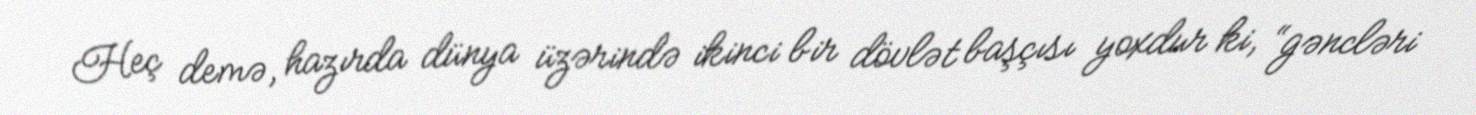
Heç demə, hazırda dünya üzərində ikinci bir dövlət başçısı yoxdur ki, “gəncləri